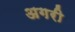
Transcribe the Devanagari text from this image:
अगरी